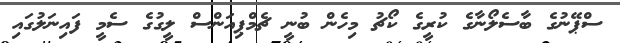
ސްޕޭނުގެ ބާސެލޯނާގެ ކުރީގެ ކޯޗު މިހެން ބުނީ ޗެމްޕިއަންސް ލީގުގެ ސެމީ ފައިނަލުގައި